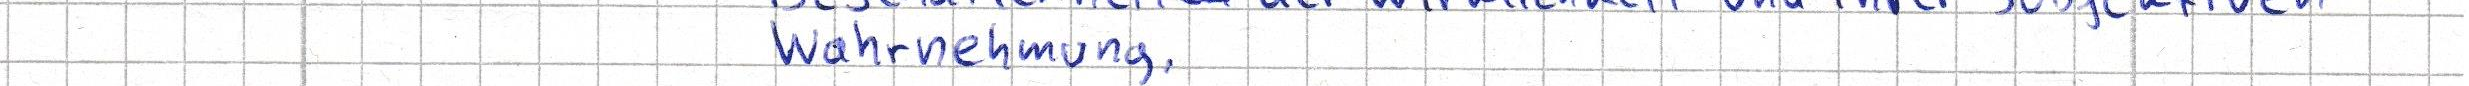
Wahrnehmung.